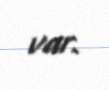
var.